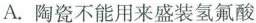
A.陶瓷不能用来盛装氢氟酸